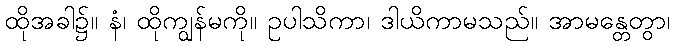
ထိုအခါ၌။ နံ၊ ထိုကျွန်မကို။ ဥပါသိကာ၊ ဒါယိကာမသည်။ အာမန္တေတွာ၊